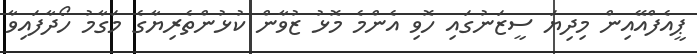
ޕީއެފްއޭއިން މިދިޔަ ސީޒަނުގައި ހޮވި އެންމެ މޮޅު ޒުވާން ކުޅުންތެރިޔާގެ މަގާމު ހޯދާފައިވާ